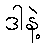
ဒါနဲ့